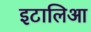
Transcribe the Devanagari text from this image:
इटालिआ